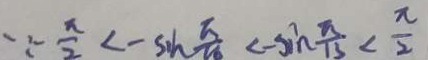
\because - \frac { \pi } { 2 } < - \sin \frac { \pi } { 1 6 } < - \sin \frac { \pi } { 1 3 } < \frac { \pi } { 2 }